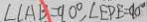
\angle C A B = 9 0 ^ { \circ } , \angle E P E = 9 0 ^ { \circ }